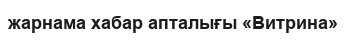
жарнама хабар апталығы «Витрина»